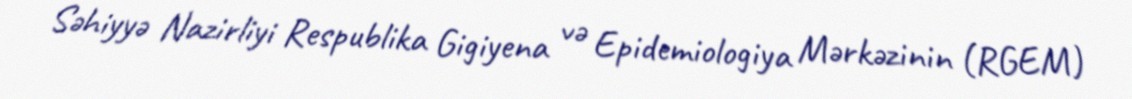
Səhiyyə Nazirliyi Respublika Gigiyena və Epidemiologiya Mərkəzinin (RGEM)